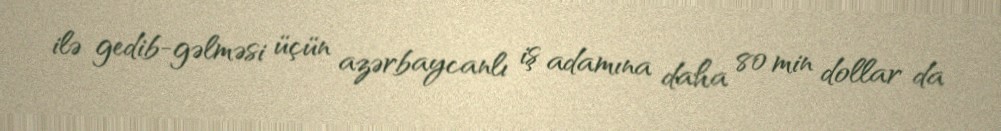
ilə gedib-gəlməsi üçün azərbaycanlı iş adamına daha 80 min dollar da